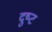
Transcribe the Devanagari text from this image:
दुष्‍ट